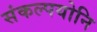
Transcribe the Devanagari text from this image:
संकल्पयोनि